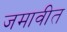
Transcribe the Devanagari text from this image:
जमावीत